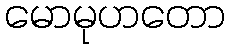
မောမုဟတော